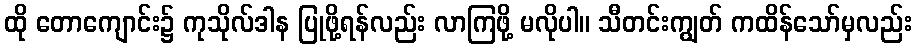
ထို တောကျောင်း၌ ကုသိုလ်ဒါန ပြုဖို့ရန်လည်း လာကြဖို့ မလိုပါ။ သီတင်းကျွတ် ကထိန်သော်မှလည်း